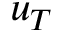
u _ { T }